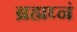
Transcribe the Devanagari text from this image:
ब्रह्मघ्नं